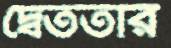
দ্বৈততার